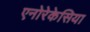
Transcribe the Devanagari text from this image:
एनोरेकेसिया